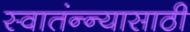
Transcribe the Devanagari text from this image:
स्वातंन्न्यासाठी